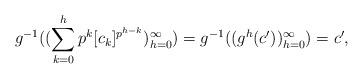
LaTeX: \begin{align*}g^{-1}((\sum_{k=0}^h p^k[c_k]^{p^{h-k}})_{h=0}^\infty)=g^{-1}((g^{h}(c'))_{h=0}^\infty)=c',\end{align*}